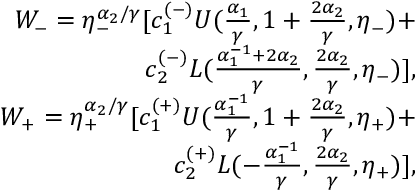
\begin{array} { r l r } & { } & { W _ { - } = \eta _ { - } ^ { \alpha _ { 2 } / \gamma } [ c _ { 1 } ^ { ( - ) } U ( \frac { \alpha _ { 1 } } { \gamma } , 1 + \frac { 2 \alpha _ { 2 } } { \gamma } , \eta _ { - } ) + } \\ & { } & { ~ ~ ~ ~ ~ ~ c _ { 2 } ^ { ( - ) } L ( \frac { \alpha _ { 1 } ^ { - 1 } + 2 \alpha _ { 2 } } { \gamma } , \frac { 2 \alpha _ { 2 } } { \gamma } , \eta _ { - } ) ] , } \\ & { } & { W _ { + } = \eta _ { + } ^ { \alpha _ { 2 } / \gamma } [ c _ { 1 } ^ { ( + ) } U ( \frac { \alpha _ { 1 } ^ { - 1 } } { \gamma } , 1 + \frac { 2 \alpha _ { 2 } } { \gamma } , \eta _ { + } ) + } \\ & { } & { ~ ~ ~ ~ ~ ~ c _ { 2 } ^ { ( + ) } L ( - \frac { \alpha _ { 1 } ^ { - 1 } } { \gamma } , \frac { 2 \alpha _ { 2 } } { \gamma } , \eta _ { + } ) ] , } \end{array}